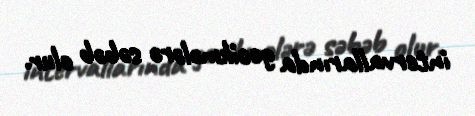
intervallarında gecikmələrə səbəb olur.